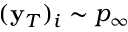
( \mathbf { y } _ { T } ) _ { i } \sim p _ { \infty }